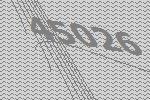
45026